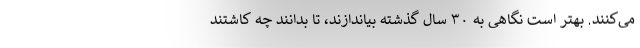
می‌کنند. بهتر است نگاهی به ۳۰ سال گذشته بیاندازند، تا بدانند چه کاشتند